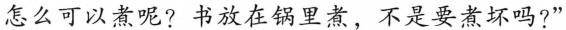
怎么可以煮呢?书放在锅里煮，不是要煮坏吗?”